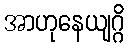
အာဟုနေယျဂ္ဂိ